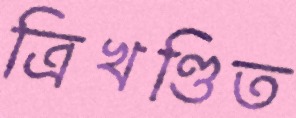
ত্রিখণ্ডিত